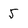
Character: 5